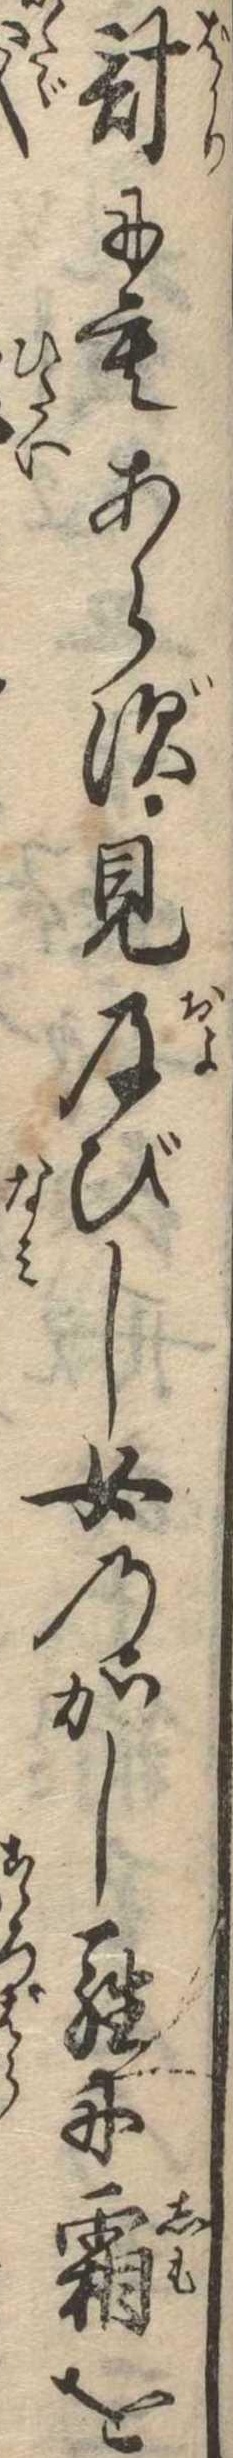
計にもあらず見及びし女のかしらに霜を